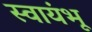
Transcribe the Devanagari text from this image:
स्वायंभू